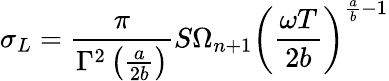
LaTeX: \sigma_{L}=\frac{\pi}{\Gamma^{2}\left(\frac{a}{2b}\right)}S\Omega_{n+1}\left(\frac{\omega T}{2b}\right)^{\frac{a}{b}-1}